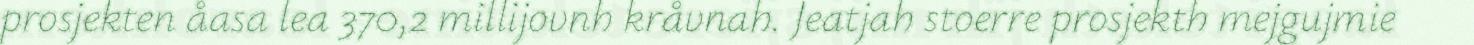
prosjekten åasa lea 370,2 millijovnh kråvnah. Jeatjah stoerre prosjekth mejgujmie